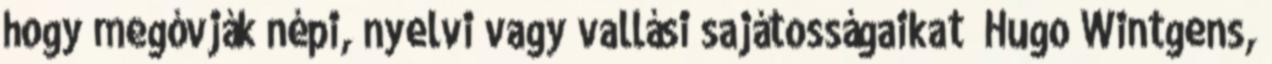
hogy megóvják népi, nyelvi vagy vallási sajátosságaikat” Hugo Wintgens,